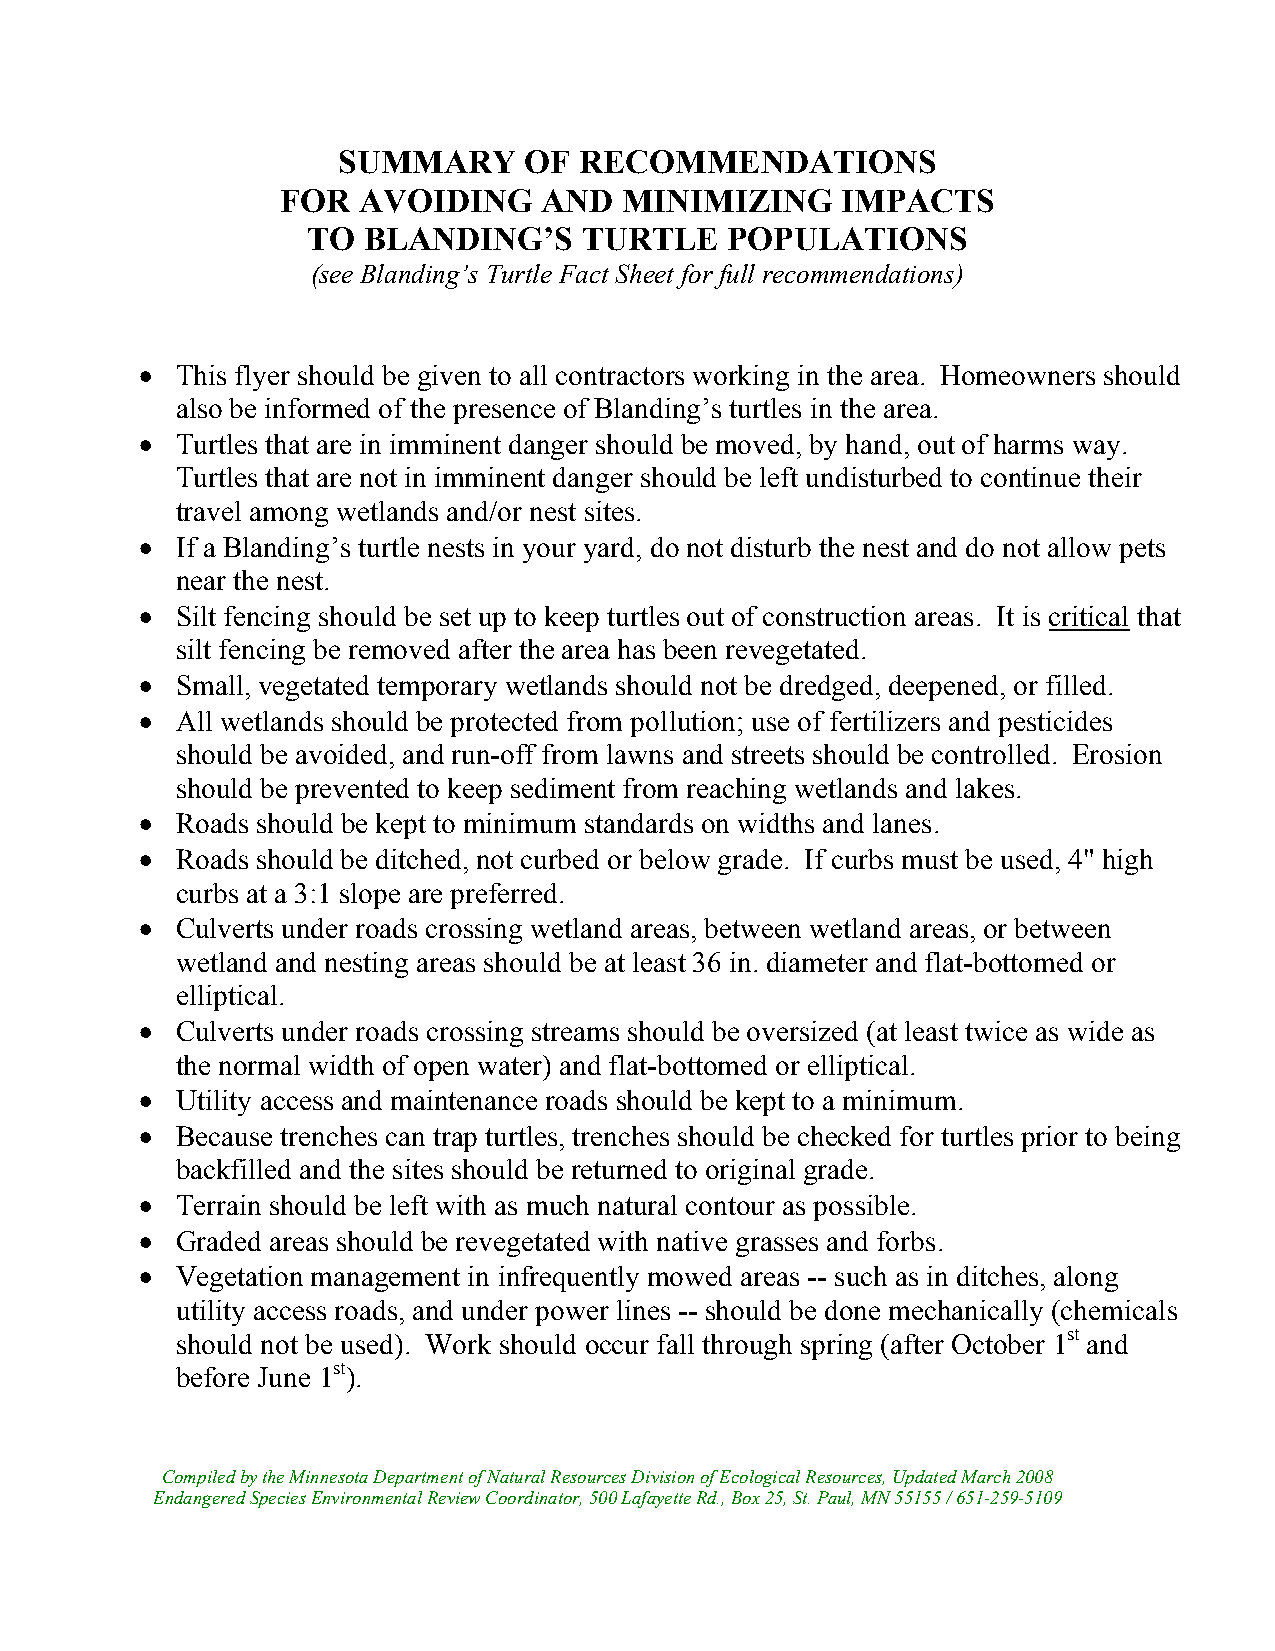
SUMMARY      OF RECOMMENDATIONS
 FOR  AVOIDING    AND  MINIMIZING     IMPACTS
 TO  BLANDING’S    TURTLE    POPULATIONS
 (see Blanding’s Turtle Fact Sheet for full recommendations)
 •  This flyer should be given to all contractors working in the area. Homeowners should
 also be informed of the presence of Blanding’s turtles in the area.
 •  Turtles that are in imminent danger should be moved, by hand, out of harms way.
 Turtles that are not in imminent danger should be left undisturbed to continue their
 travel among wetlands and/or nest sites.
 •  If a Blanding’s turtle nests in your yard, do not disturb the nest and do not allow pets
 near the nest.
 •  Silt fencing should be set up to keep turtles out of construction areas. It is critical that
 silt fencing be removed after the area has been revegetated.
 •  Small, vegetated temporary wetlands should not be dredged, deepened, or filled.
 •  All wetlands should be protected from pollution; use of fertilizers and pesticides
 should be avoided, and run-off from lawns and streets should be controlled. Erosion
 should be prevented to keep sediment from reaching wetlands and lakes.
 •  Roads should be kept to minimum standards on widths and lanes.
 •  Roads should be ditched, not curbed or below grade. If curbs must be used, 4" high
 curbs at a 3:1 slope are preferred.
 •  Culverts under roads crossing wetland areas, between wetland areas, or between
 wetland and nesting areas should be at least 36 in. diameter and flat-bottomed or
 elliptical.
 •  Culverts under roads crossing streams should be oversized (at least twice as wide as
 the normal width of open water) and flat-bottomed or elliptical.
 •  Utility access and maintenance roads should be kept to a minimum.
 •  Because trenches can trap turtles, trenches should be checked for turtles prior to being
 backfilled and the sites should be returned to original grade.
 •  Terrain should be left with as much natural contour as possible.
 •  Graded areas should be revegetated with native grasses and forbs.
 •  Vegetation management in infrequently mowed areas -- such as in ditches, along
 utility access roads, and under power lines -- should be done mechanically (chemicals
 should not be used). Work should occur fall through spring (after October 1st and
 before June 1st).
 Compiled by the Minnesota Department of Natural Resources Division of Ecological Resources, Updated March 2008
 Endangered Species Environmental Review Coordinator, 500 Lafayette Rd., Box 25, St. Paul, MN 55155 / 651-259-5109